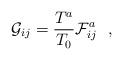
LaTeX: \begin{align*}{\cal G}_{ij} = {T^a\over T_0} {\cal F}^a_{ij}~~,\end{align*}